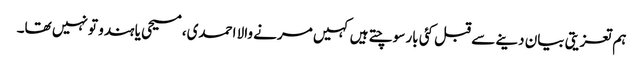
ہم تعزیتی بیان دینے سے قبل کئی بار سوچتے ہیں کہیں مرنے والا احمدی، مسیحی یا ہندو تو نہیں تھا۔